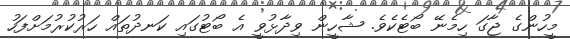
މީހުންގެ ޖާގަ ހިމެނޭ ބޯޓެކެވެ. ޝާހީން ވިދާޅުވީ އެ ބޯޓުގައި ކަނދުތައް ހަރުކުރުމަށްފަހު